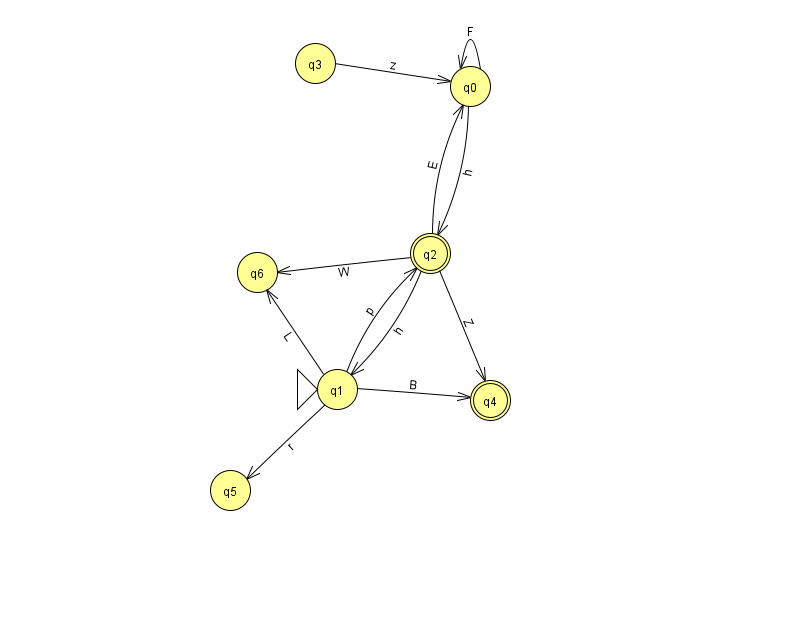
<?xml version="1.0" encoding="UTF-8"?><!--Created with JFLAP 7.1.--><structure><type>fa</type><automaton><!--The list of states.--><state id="0" name="q0"><x>470.0</x><y>73.0</y></state><state id="1" name="q1"><x>337.0</x><y>376.0</y><initial/></state><state id="2" name="q2"><x>430.0</x><y>240.0</y><final/></state><state id="3" name="q3"><x>315.0</x><y>50.0</y></state><state id="4" name="q4"><x>490.0</x><y>387.0</y><final/></state><state id="5" name="q5"><x>230.0</x><y>477.0</y></state><state id="6" name="q6"><x>257.0</x><y>259.0</y></state><!--The list of transitions.--><transition><from>1</from><to>6</to><read>L</read></transition><transition><from>1</from><to>5</to><read>r</read></transition><transition><from>2</from><to>0</to><read>E</read></transition><transition><from>1</from><to>2</to><read>p</read></transition><transition><from>2</from><to>4</to><read>Z</read></transition><transition><from>0</from><to>0</to><read>F</read></transition><transition><from>2</from><to>6</to><read>W</read></transition><transition><from>2</from><to>1</to><read>h</read></transition><transition><from>3</from><to>0</to><read>z</read></transition><transition><from>0</from><to>2</to><read>h</read></transition><transition><from>1</from><to>4</to><read>B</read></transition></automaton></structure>